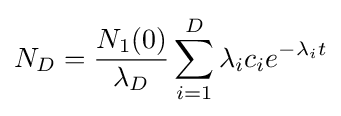
N_{D}={\frac {N_{1}(0)}{\lambda _{D}}}\sum _{i=1}^{D}\lambda _{i}c_{i}e^{-\lambda _{i}t}